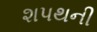
શપથની